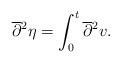
LaTeX: \begin{align*}\overline{\partial}{}^2 \eta = \int_0^t \overline{\partial}{}^2 v.\end{align*}